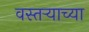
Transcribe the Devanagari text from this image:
वस्तऱ्याच्या